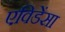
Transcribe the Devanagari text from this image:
एविडेंसा